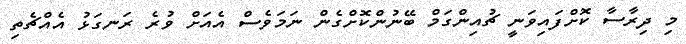
މި ދިރާސާ ކޮށްފައިވަނީ ޗުއިންގަމް ބޭނުންކޮށްގެން ނަމަވެސް އެއަށް ވުރެ ރަނގަޅު އެއްޗެތި